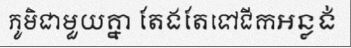
ភូមិជាមួយគ្នា តែងតែទៅជីកអន្លង់